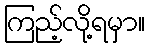
ကြည့်လို့ရမှာ။